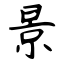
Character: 景